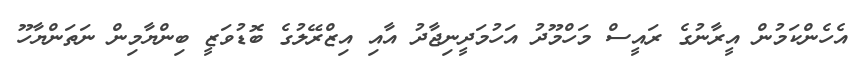
އެހެންކަމުން އީރާނުގެ ރައީސް މަހްމޫދު އަހުމަދީނިޖާދު އާއި އިޒްރޭލުގެ ބޮޑުވަޒީ ބިންޔާމިން ނަތަންޔާހޫ